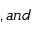
, a n d